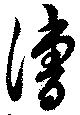
漕